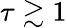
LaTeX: \tau\gtrsim 1